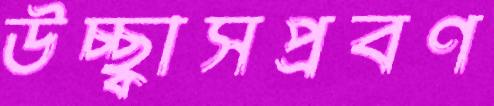
উচ্ছ্বাসপ্রবণ